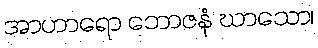
အာဟာရော ဘောဇနံ ဃာသော၊